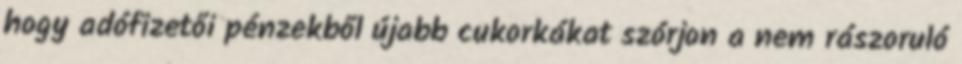
hogy adófizetői pénzekből újabb cukorkákat szórjon a nem rászoruló